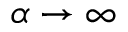
\alpha \to \infty